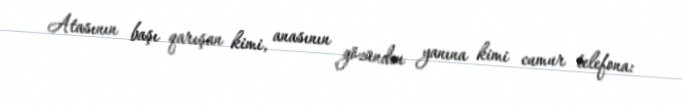
Atasının başı qarışan kimi, anasının gözündən yanına kimi cumur telefona: